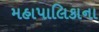
મહાપાલિકાના